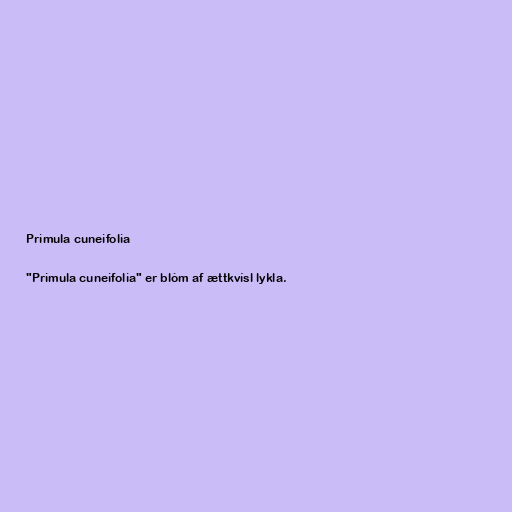
Primula cuneifolia

"Primula cuneifolia" er blóm af ættkvísl lykla.